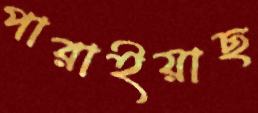
পারাইয়াছ